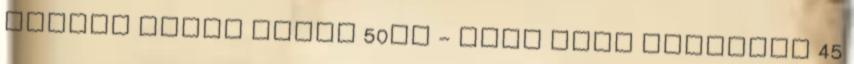
Collie plüss kutya 50cm - Keel Toys csimpánz 45